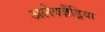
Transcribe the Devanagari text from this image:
अलेक्ज़ैंड्रिया